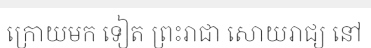
ក្រោយមក ទៀត ព្រះរាជា សោយរាជ្យ នៅ